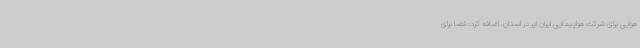
هوایی برای شرکت هواپیمایی ایران ایر در استان، اضافه کرد: فضا برای